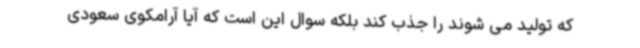
که تولید می شوند را جذب کند بلکه سوال این است که آیا آرامکوی سعودی